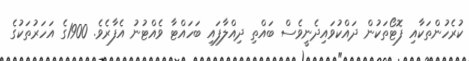
ކުރެހުންތަކާއި ފޮޓޯތަކުން ދައްކުވައިދެނީވެސް ބައްތި ދިއްލާފައި ބަހައްޓާ ވެއްޓުނު އެފާރެވެ. 1900ގެ އަހަރުތަކުގެ